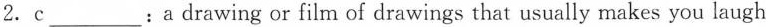
2. c___: adrawing or film of drawings that usually makes you laugh